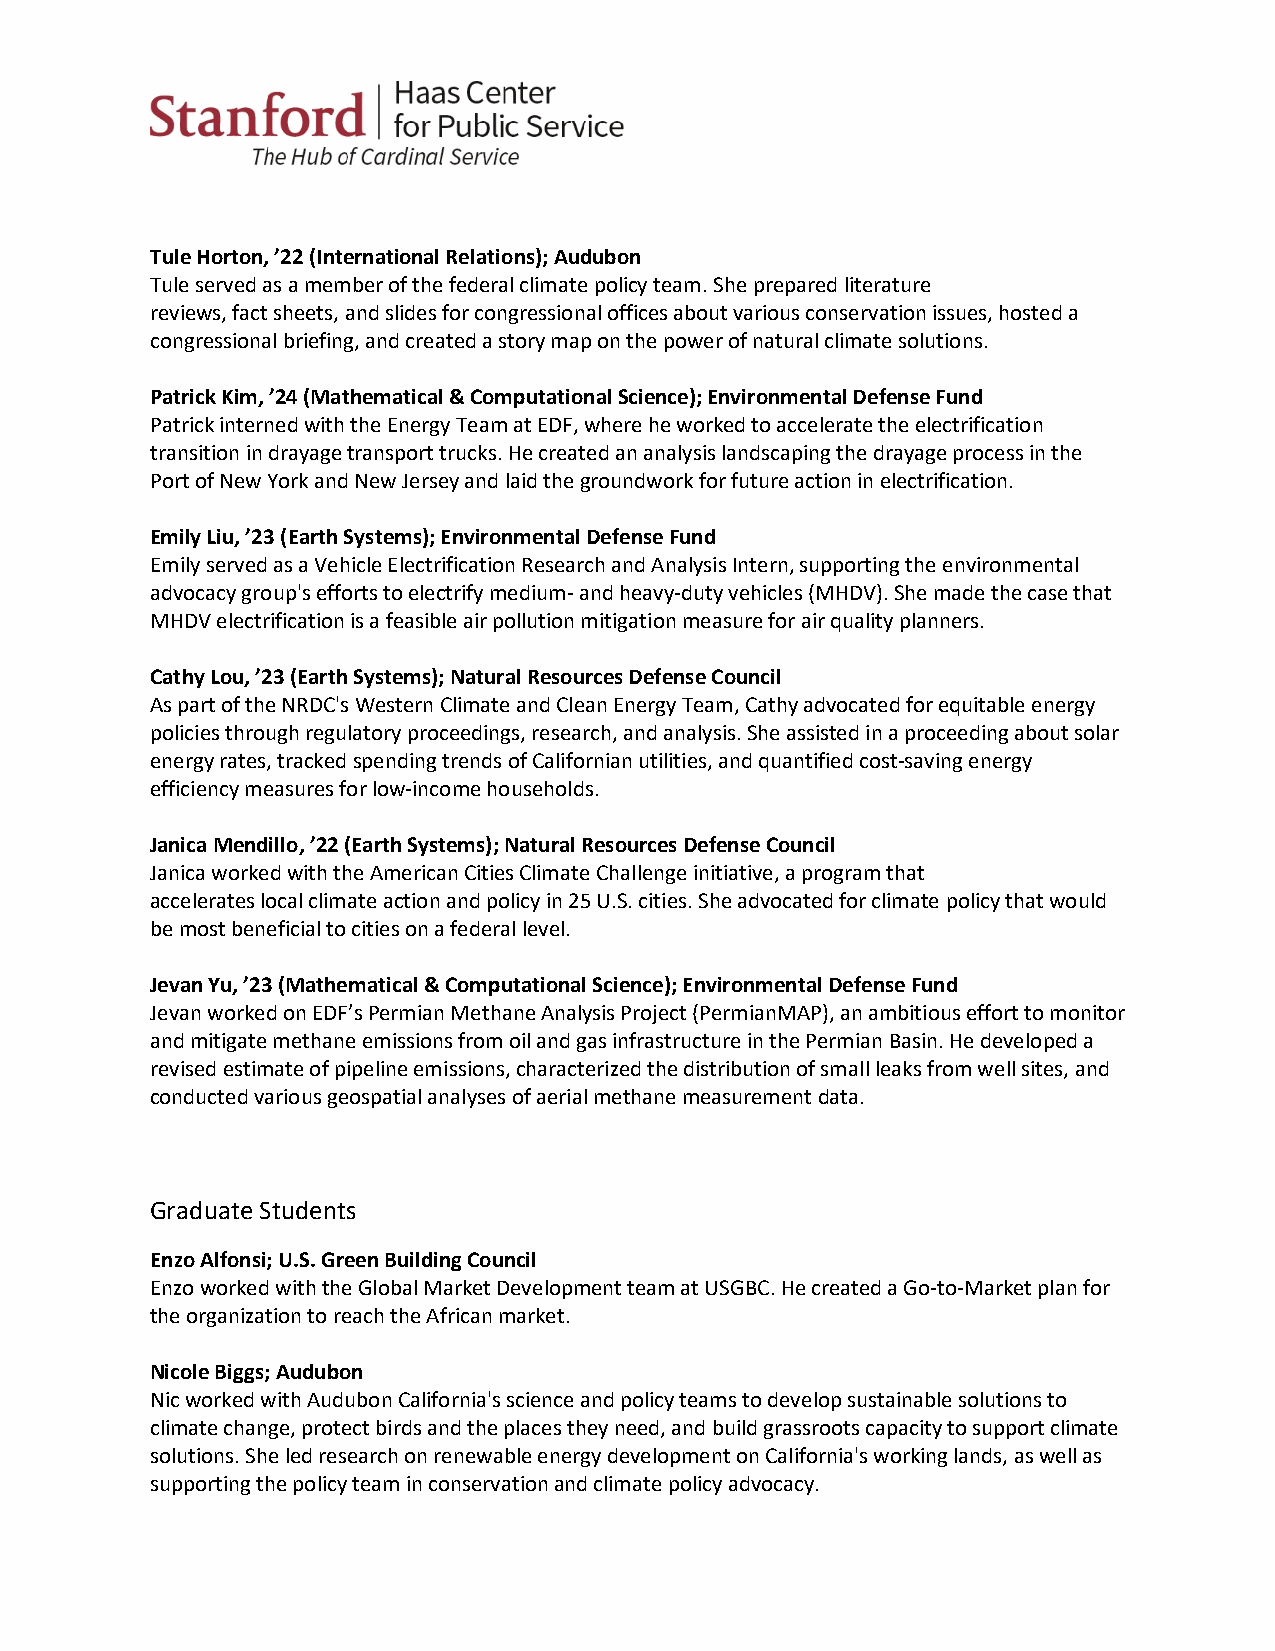
Tule Horton, ’22 (International Relations); Audubon
 Tule served as a member of the federal climate policy team. She prepared literature
 reviews, fact sheets, and slides for congressional offices about various conservation issues, hosted a
 congressional briefing, and created a story map on the power of natural climate solutions.
 Patrick Kim, ’24 (Mathematical & Computational Science); Environmental Defense Fund
 Patrick interned with the Energy Team at EDF, where he worked to accelerate the electrification
 transition in drayage transport trucks. He created an analysis landscaping the drayage process in the
 Port of New York and New Jersey and laid the groundwork for future action in electrification.
 Emily Liu, ’23 (Earth Systems); Environmental Defense Fund
 Emily served as a Vehicle Electrification Research and Analysis Intern, supporting the environmental
 advocacy group's efforts to electrify medium- and heavy-duty vehicles (MHDV). She made the case that
 MHDV electrification is a feasible air pollution mitigation measure for air quality planners.
 Cathy Lou, ’23 (Earth Systems); Natural Resources Defense Council
 As part of the NRDC's Western Climate and Clean Energy Team, Cathy advocated for equitable energy
 policies through regulatory proceedings, research, and analysis. She assisted in a proceeding about solar
 energy rates, tracked spending trends of Californian utilities, and quantified cost-saving energy
 efficiency measures for low-income households.
 Janica Mendillo, ’22 (Earth Systems); Natural Resources Defense Council
 Janica worked with the American Cities Climate Challenge initiative, a program that
 accelerates local climate action and policy in 25 U.S. cities. She advocated for climate policy that would
 be most beneficial to cities on a federal level.
 Jevan Yu, ’23 (Mathematical & Computational Science); Environmental Defense Fund
 Jevan worked on EDF’s Permian Methane Analysis Project (PermianMAP), an ambitious effort to monitor
 and mitigate methane emissions from oil and gas infrastructure in the Permian Basin. He developed a
 revised estimate of pipeline emissions, characterized the distribution of small leaks from well sites, and
 conducted various geospatial analyses of aerial methane measurement data.
 Graduate Students
 Enzo Alfonsi; U.S. Green Building Council
 Enzo worked with the Global Market Development team at USGBC. He created a Go-to-Market plan for
 the organization to reach the African market.
 Nicole Biggs; Audubon
 Nic worked with Audubon California's science and policy teams to develop sustainable solutions to
 climate change, protect birds and the places they need, and build grassroots capacity to support climate
 solutions. She led research on renewable energy development on California's working lands, as well as
 supporting the policy team in conservation and climate policy advocacy.